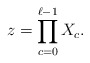
\begin{align*}z=\prod_{c=0}^{\ell-1} X_c.\end{align*}